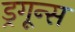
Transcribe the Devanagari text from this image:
ड्रगून्स